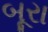
બૂરા